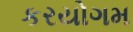
કરયોગમ